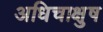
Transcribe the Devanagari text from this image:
अधिचाक्षुष